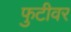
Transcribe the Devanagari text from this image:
फुटीवर